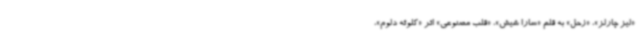
«لیز چارلز»، «زحل» به قلم «سارا شیش»، «قلب مصنوعی» اثر «کلوئه دلوم»،